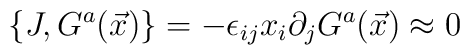
\{J, G^{a}(\vec{x})\} =-\epsilon_{ij}x_{i}\partial_{j}G^{a}(\vec{x}) \approx 0